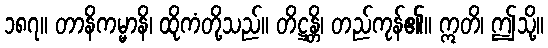
၁၈၇။ တာနိကမ္မာနိ၊ ထိုကံတို့သည်။ တိဋ္ဌန္တိ၊ တည်ကုန်၏။ ဣတိ၊ ဤသို့။